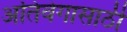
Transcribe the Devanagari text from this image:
अतिवेगासाठी